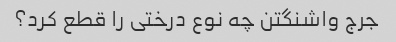
جرج واشنگتن چه نوع درختی را قطع کرد؟